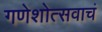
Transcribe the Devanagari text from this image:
गणेशोत्सवाचं